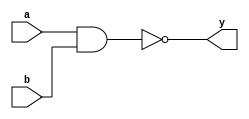
module and_gate(y, a, b);
input a;
input b;
output y;
nand G1(y, a, b);

endmodule